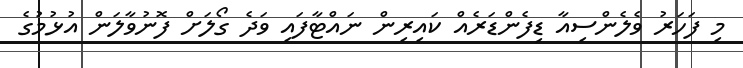
މި ފަހަރު ވެލެންސިއާ ޑިފެންޑަރެއް ކައިރިން ނައްޓާފައި ވަދެ ގޯލަށް ފޮނުވާލަން އުޅުމުގެ